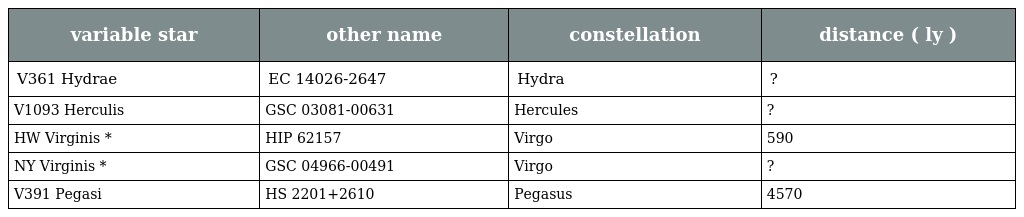
| variable star | other name | constellation | distance ( ly ) |
 | --- | --- | --- | --- |
 | V361 Hydrae | EC 14026-2647 | Hydra | ? |
 | V1093 Herculis | GSC 03081-00631 | Hercules | ? |
 | HW Virginis * | HIP 62157 | Virgo | 590 |
 | NY Virginis * | GSC 04966-00491 | Virgo | ? |
 | V391 Pegasi | HS 2201+2610 | Pegasus | 4570 |